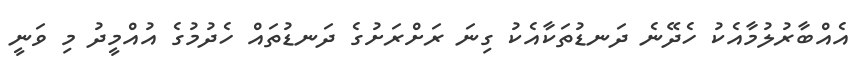
އެއްބާރުލުމާއެކު ހެދޭނެ ދަނޑުތަކާއެކު ގިނަ ރަށްރަށުގެ ދަނޑުތައް ހެދުމުގެ އުއްމީދު މި ވަނީ